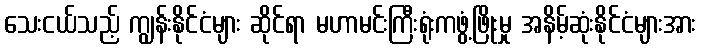
သေးငယ်သည့် ကျွန်းနိုင်ငံများ ဆိုင်ရာ မဟာမင်းကြီးရုံးကဖွံ့ဖြိုးမှု အနိမ့်ဆုံးနိုင်ငံများအား